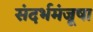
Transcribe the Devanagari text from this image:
संदर्भमंजूषा